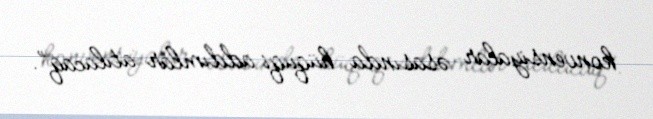
konvensiyalar əsasında hüquqi addımlar atılacaq”.